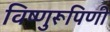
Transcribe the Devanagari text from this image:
विष्णुरूपिणी